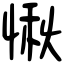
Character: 愀